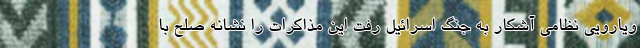
ویارویی نظامی آشکار به جنگ اسرائیل رفت این مذاکرات را نشانه صلح با